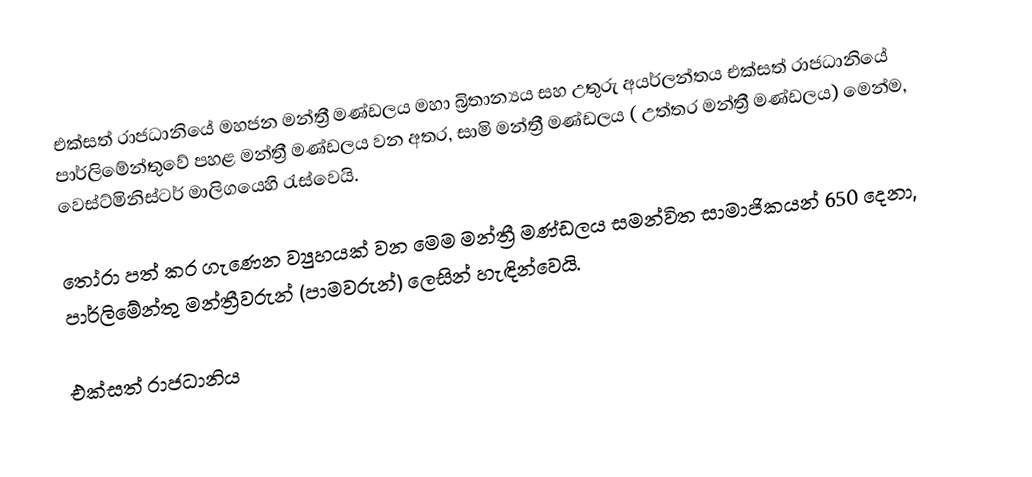
එක්සත් රාජධානියේ මහජන මන්ත්‍රී මණ්ඩලය  මහා බ්‍රිතාන්‍යය සහ උතුරු අයර්ලන්තය එක්සත් රාජධානියේ පාර්ලිමේන්තුවේ පහළ මන්ත්‍රී මණ්ඩලය වන අතර, සාමි මන්ත්‍රී මණ්ඩලය ( උත්තර මන්ත්‍රී මණ්ඩලය) මෙන්ම, වෙස්ට්මිනිස්ටර් මාලිගයෙහි රැස්වෙයි.

තෝරා පත් කර ගැණෙන ව්‍යුහයක් වන මෙම මන්ත්‍රී මණ්ඩලය සමන්විත සාමාජිකයන් 650 දෙනා, පාර්ලිමේන්තු මන්ත්‍රීවරුන් (පාමවරුන්) ලෙසින් හැඳින්වෙයි.

එක්සත් රාජධානිය